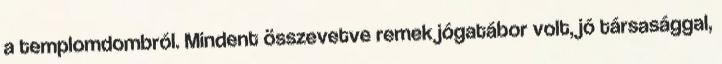
a templomdombról. Mindent összevetve remek jógatábor volt, jó társasággal,